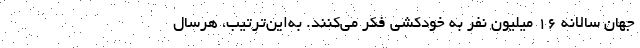
جهان سالانه 16 میلیون نفر به خودکشی فکر می‌کنند. به‌این‌ترتیب، هرسال